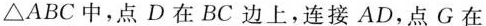
△ABC中，点D在BC边上，连接AD，点G在